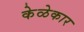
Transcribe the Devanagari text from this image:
केळेकार